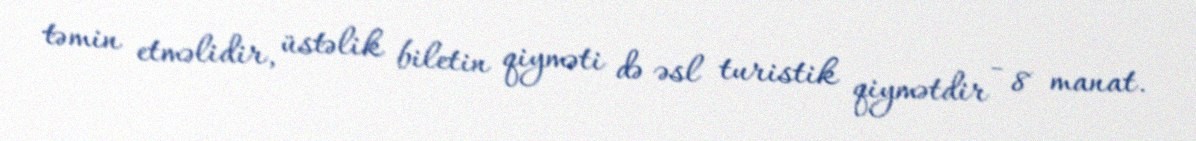
təmin etməlidir, üstəlik biletin qiyməti də əsl turistik qiymətdir - 8 manat.